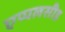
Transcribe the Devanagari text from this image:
एप्पलसीड